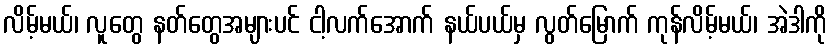
လိမ့်မယ်၊ လူတွေ နတ်တွေအများပင် ငါ့လက်အောက် နယ်ပယ်မှ လွတ်မြောက် ကုန်လိမ့်မယ်၊ အဲဒါကို